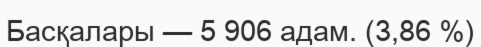
Басқалары — 5 906 адам. (3,86 %)